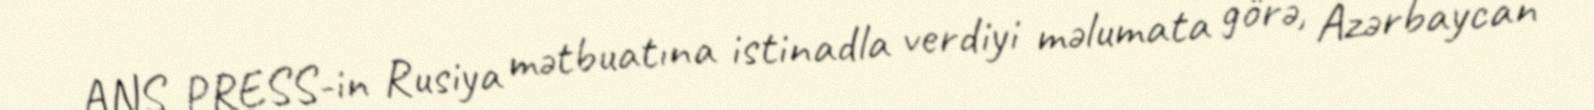
ANS PRESS-in Rusiya mətbuatına istinadla verdiyi məlumata görə, Azərbaycan